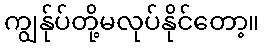
ကျွန်ုပ်တို့မလုပ်နိုင်တော့။